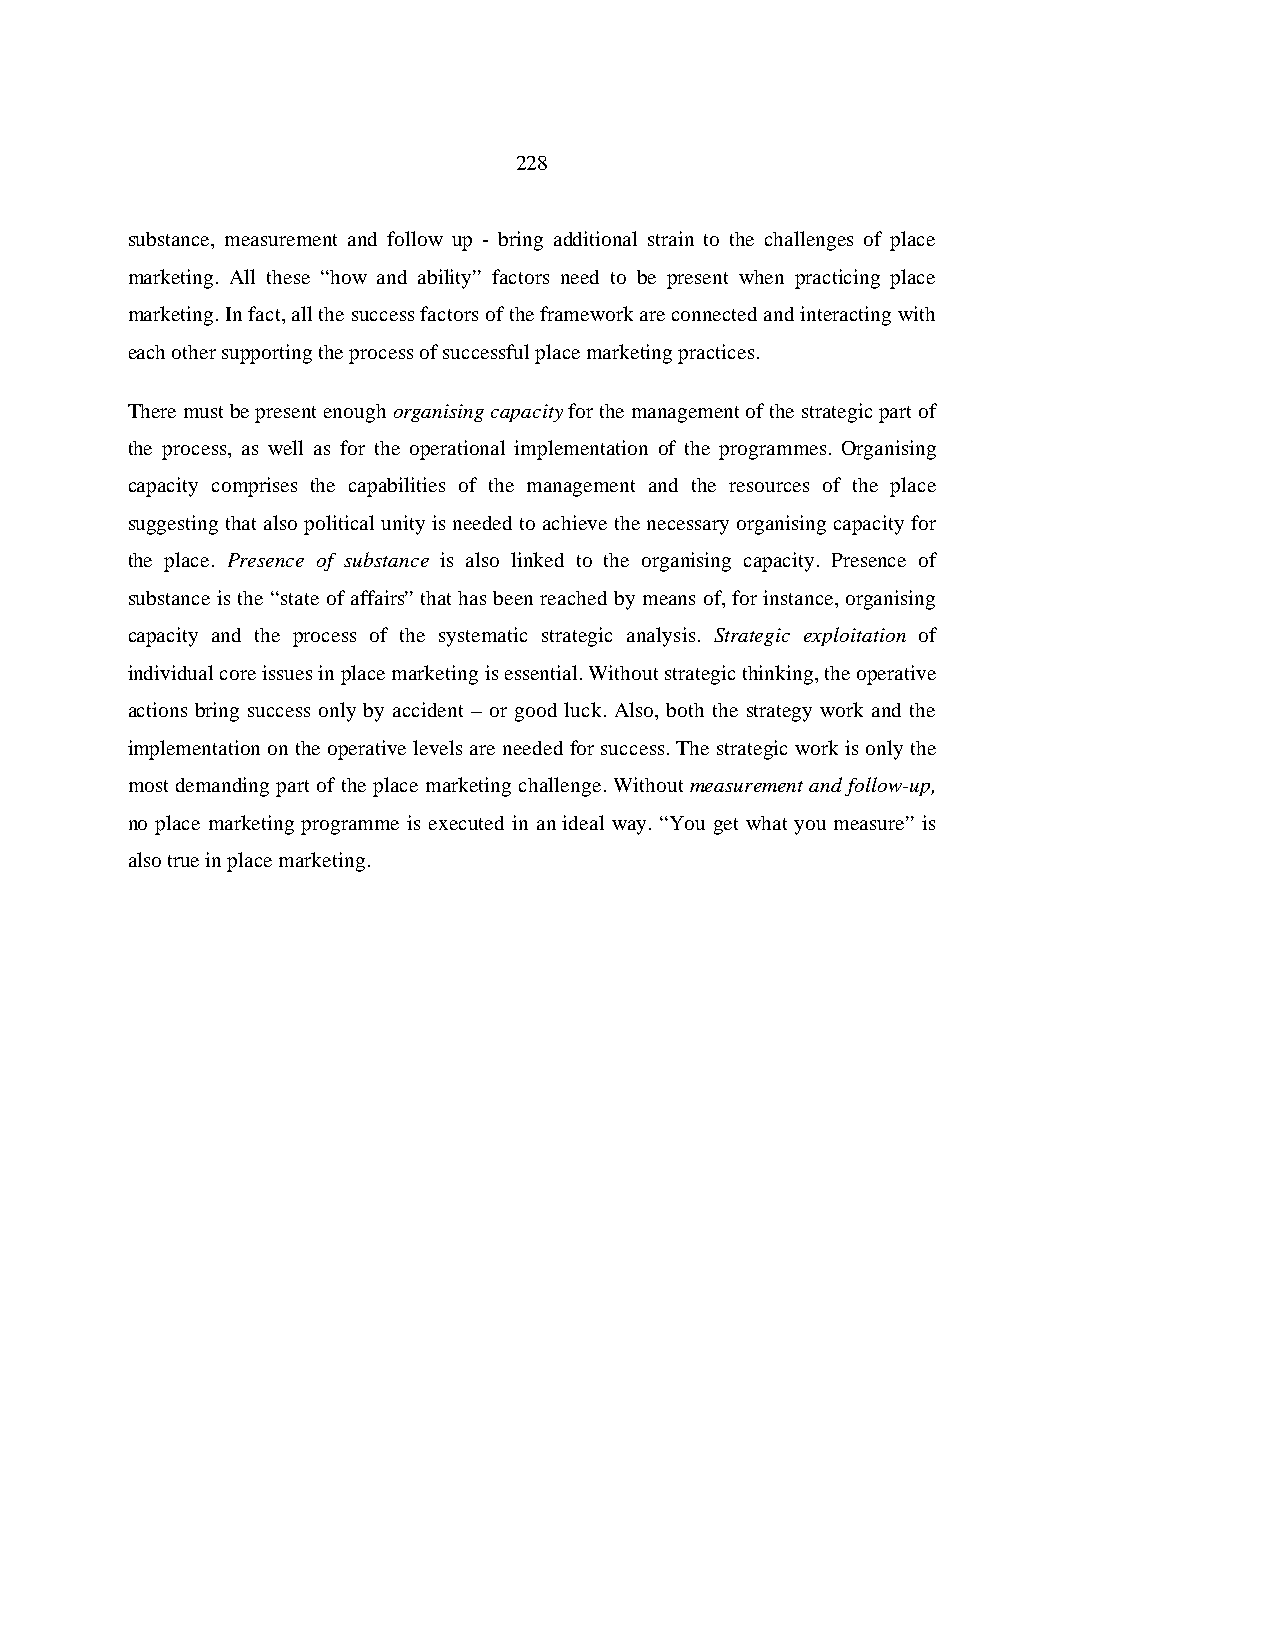
228
 substance, measurement and follow up - bring additional strain to the challenges of place
 marketing. All these “how and ability” factors need to be present when practicing place
 marketing. In fact, all the success factors of the framework are connected and interacting with
 each other supporting the process of successful place marketing practices.
 There must be present enough organising capacity for the management of the strategic part of
 the process, as well as for the operational implementation of the programmes. Organising
 capacity comprises the capabilities of the management and the resources of the place
 suggesting that also political unity is needed to achieve the necessary organising capacity for
 the place. Presence of substance is also linked to the organising capacity. Presence of
 substance is the “state of affairs” that has been reached by means of, for instance, organising
 capacity and the process of the systematic strategic analysis. Strategic exploitation of
 individual core issues in place marketing is essential. Without strategic thinking, the operative
 actions bring success only by accident – or good luck. Also, both the strategy work and the
 implementation on the operative levels are needed for success. The strategic work is only the
 most demanding part of the place marketing challenge. Without measurement and follow-up,
 no place marketing programme is executed in an ideal way. “You get what you measure” is
 also true in place marketing.